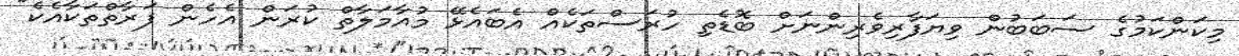
މިކަންކަމުގެ ސަބަބުން ވިޔަފާރިވެރިންނަށް ބޮޑެތި ހުރަސްތަކެއް އެބައެޅޭ މުއާމަލާތް ކުރަން އެހެން ފަރާތްތަކާއެކެ"